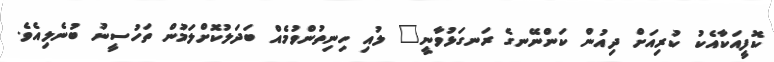
ކޮފީއަކާއެކު ކުރިއަށް ދިއުން ކަންނޭނގެ ރަނގަޅުވާނީ" ލުއި ހިނިތުންވުމެއް ބަދަލުކޮށްލަމުން ތަހުސީނު ބުނެލިއެވެ.